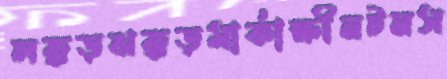
লক্কড়ঝক্কড়মার্কাক্ষীনটনস